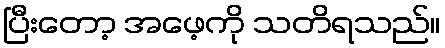
ပြီးတော့ အဖေ့ကို သတိရသည်။